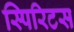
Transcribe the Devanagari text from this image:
स्पिरिटस